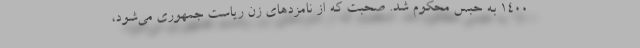
۱۴۰۰ به حبس محکوم شد. صحبت که از نامزد‌های زن ریاست جمهوری می‌شود،